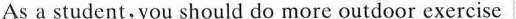
As a student,you should do more outdoor exercise